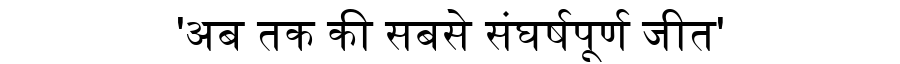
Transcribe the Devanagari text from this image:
'अब तक की सबसे संघर्षपूर्ण जीत'